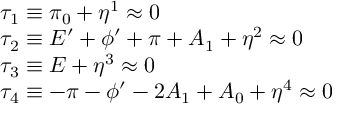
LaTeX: \begin{array} { l } { { \tau _ { 1 } \equiv \pi _ { 0 } + \eta ^ { 1 } \approx 0 } } \\ { { \tau _ { 2 } \equiv E ^ { \prime } + \phi ^ { \prime } + \pi + A _ { 1 } + \eta ^ { 2 } \approx 0 } } \\ { { \tau _ { 3 } \equiv E + \eta ^ { 3 } \approx 0 } } \\ { { \tau _ { 4 } \equiv - \pi - \phi ^ { \prime } - 2 A _ { 1 } + A _ { 0 } + \eta ^ { 4 } \approx 0 } } \end{array}